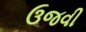
ઉજવી